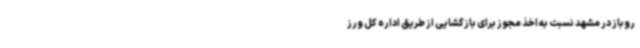
روباز در مشهد نسبت به اخذ مجوز برای بازگشایی از طریق اداره کل ورز